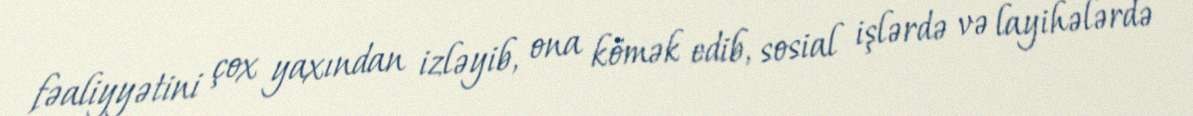
fəaliyyətini çox yaxından izləyib, ona kömək edib, sosial işlərdə və layihələrdə